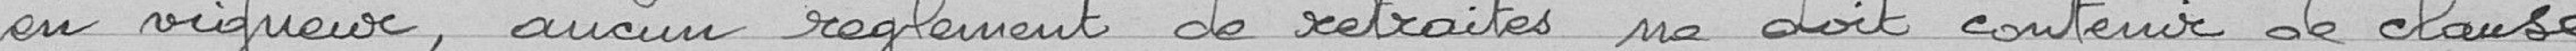
en vigueur, aucun règlement de retraites de doit contenir de clause